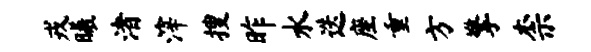
戎曦渚滓搜昨水迭座重方擎柰